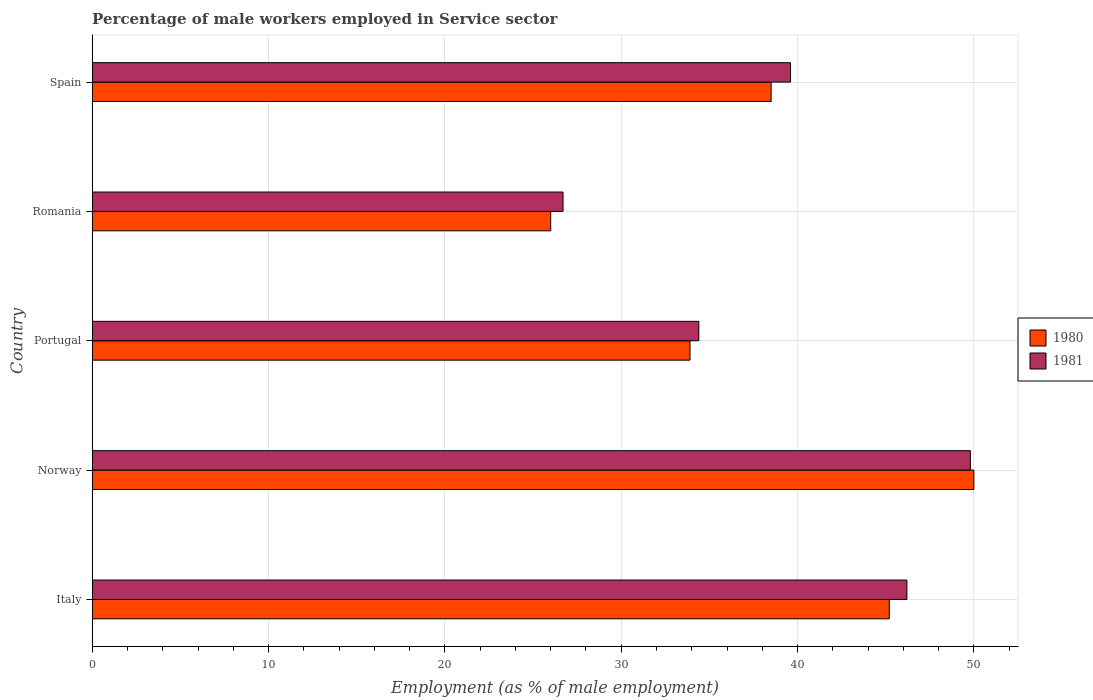
| Country | 1980 | 1981 |
 | --- | --- | --- |
 | Italy | 45.2 | 46.2 |
 | Norway | 50 | 49.8 |
 | Portugal | 33.9 | 34.4 |
 | Romania | 26 | 26.7 |
 | Spain | 38.5 | 39.6 |